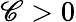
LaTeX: \mathscr{C}>0